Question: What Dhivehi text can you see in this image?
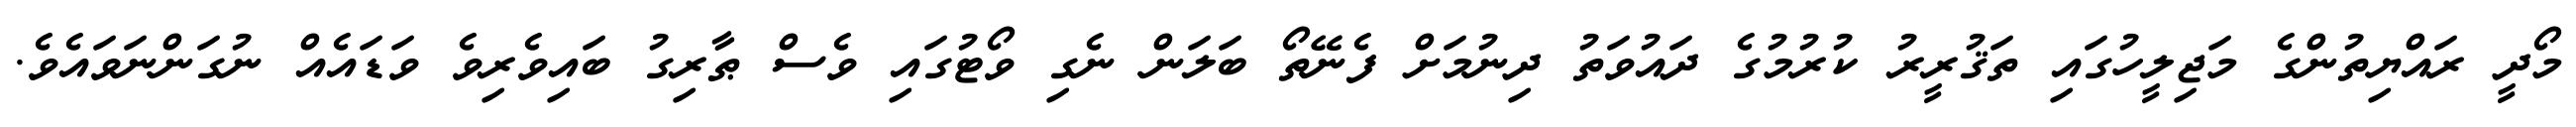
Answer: މޯދީ ރައްޔިތުންގެ މަޖިލީހުގައި ތަޤުރީރު ކުރުމުގެ ދައުވަތު ދިނުމަށް ފެނޭތޯ ބަލަން ނެގި ވޯޓުގައި ވެސް ޠާރިގު ބައިވެރިވެ ވަޑައެއް ނުގަންނަވައެވެ.